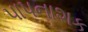
પાપનાશક